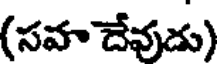
(సవా దేవుడు)